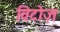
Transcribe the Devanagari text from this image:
विटोज़